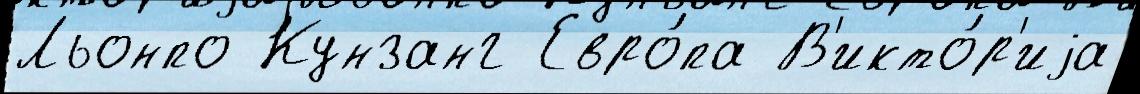
Льонпо Кунзанг Евро́па В'икто́р'иjа